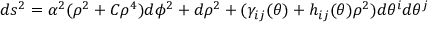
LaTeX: d s ^ { 2 } = \alpha ^ { 2 } ( \rho ^ { 2 } + C \rho ^ { 4 } ) d \phi ^ { 2 } + d \rho ^ { 2 } + ( \gamma _ { i j } ( \theta ) + h _ { i j } ( \theta ) \rho ^ { 2 } ) d \theta ^ { i } d \theta ^ { j }